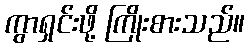
ကွာရှင်းဖို့ ကြိုးစားသည်။